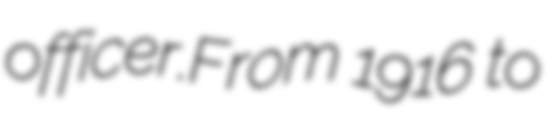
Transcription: officer.From 1916 to